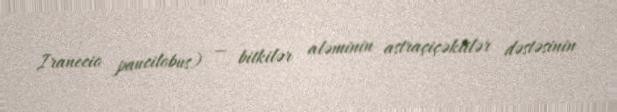
Iranecio paucilobus) — bitkilər aləminin astraçiçəklilər dəstəsinin